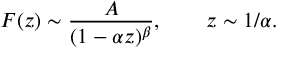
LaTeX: F ( z ) \sim { \frac { A } { ( 1 - \alpha z ) ^ { \beta } } } , \qquad z \sim 1 / \alpha .